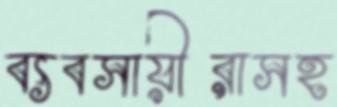
ব্যবসায়ীরাসহ